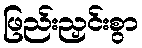
ဖြည်းညှင်းစွာ